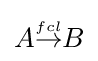
{\textstyle A{\stackrel {\scriptscriptstyle fcl}{\rightarrow }}B}